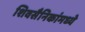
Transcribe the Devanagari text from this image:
शिवसैनिकांमध्ये